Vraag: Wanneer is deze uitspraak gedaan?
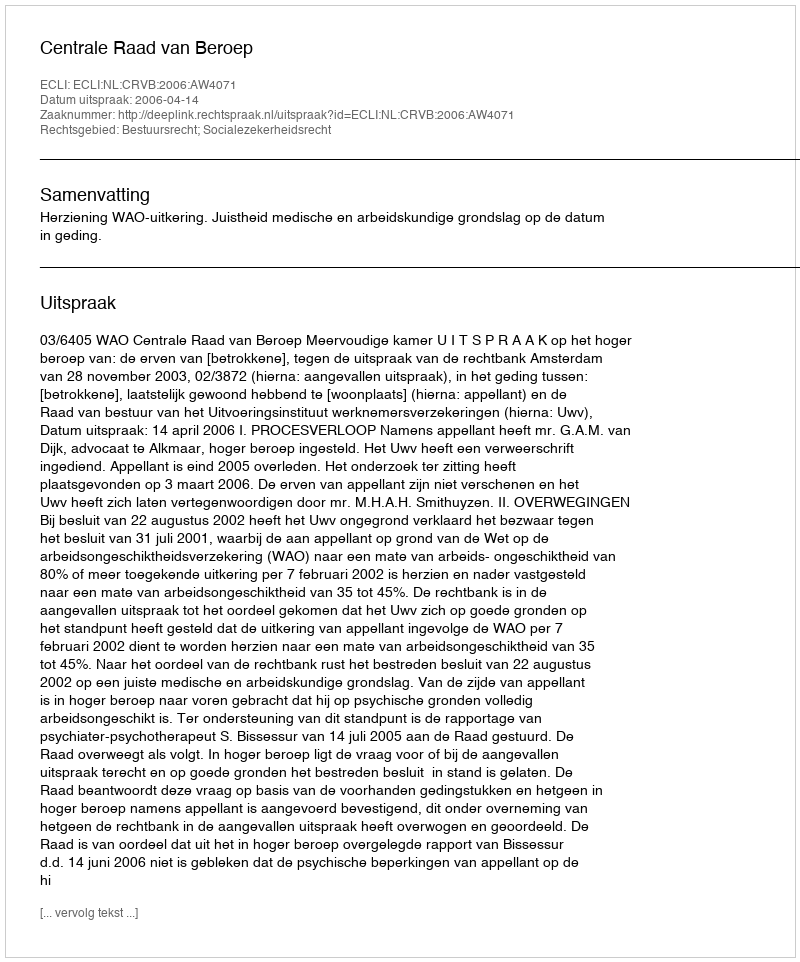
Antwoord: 2006-04-14